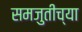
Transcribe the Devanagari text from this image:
समजुतीच्या